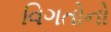
વિગતોનો